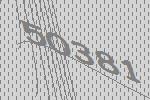
50381